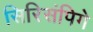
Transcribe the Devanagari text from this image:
सिरिसंपिगे